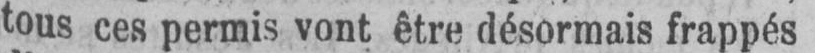
tous ces permis vont être désormais frappés